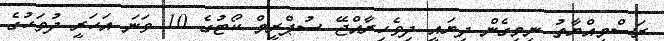
ރަސްމިއްޔާތު ނިމިގެން ދިޔައީ ދިވެހިރާއްޖޭ ސުޕްރީމް ކޯޓުގެ 10 ވަނަ އަހަރީ ދުވަހުގެ